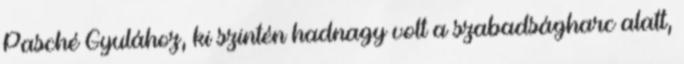
Pasché Gyulához, ki szintén hadnagy volt a szabadságharc alatt,